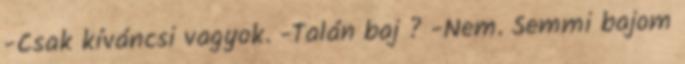
-Csak kíváncsi vagyok. -Talán baj ? -Nem. Semmi bajom